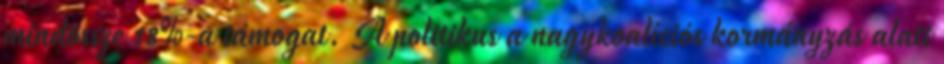
mindössze 18%-a támogat. A politikus a nagykoalíciós kormányzás alatt